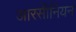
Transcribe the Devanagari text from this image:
आरसीनियन